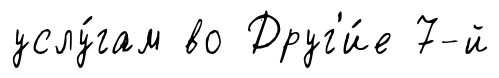
услу́гам во Друг'и́е 7-й